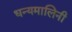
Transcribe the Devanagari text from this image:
धन्यमालिनी